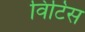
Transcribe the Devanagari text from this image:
विटिस